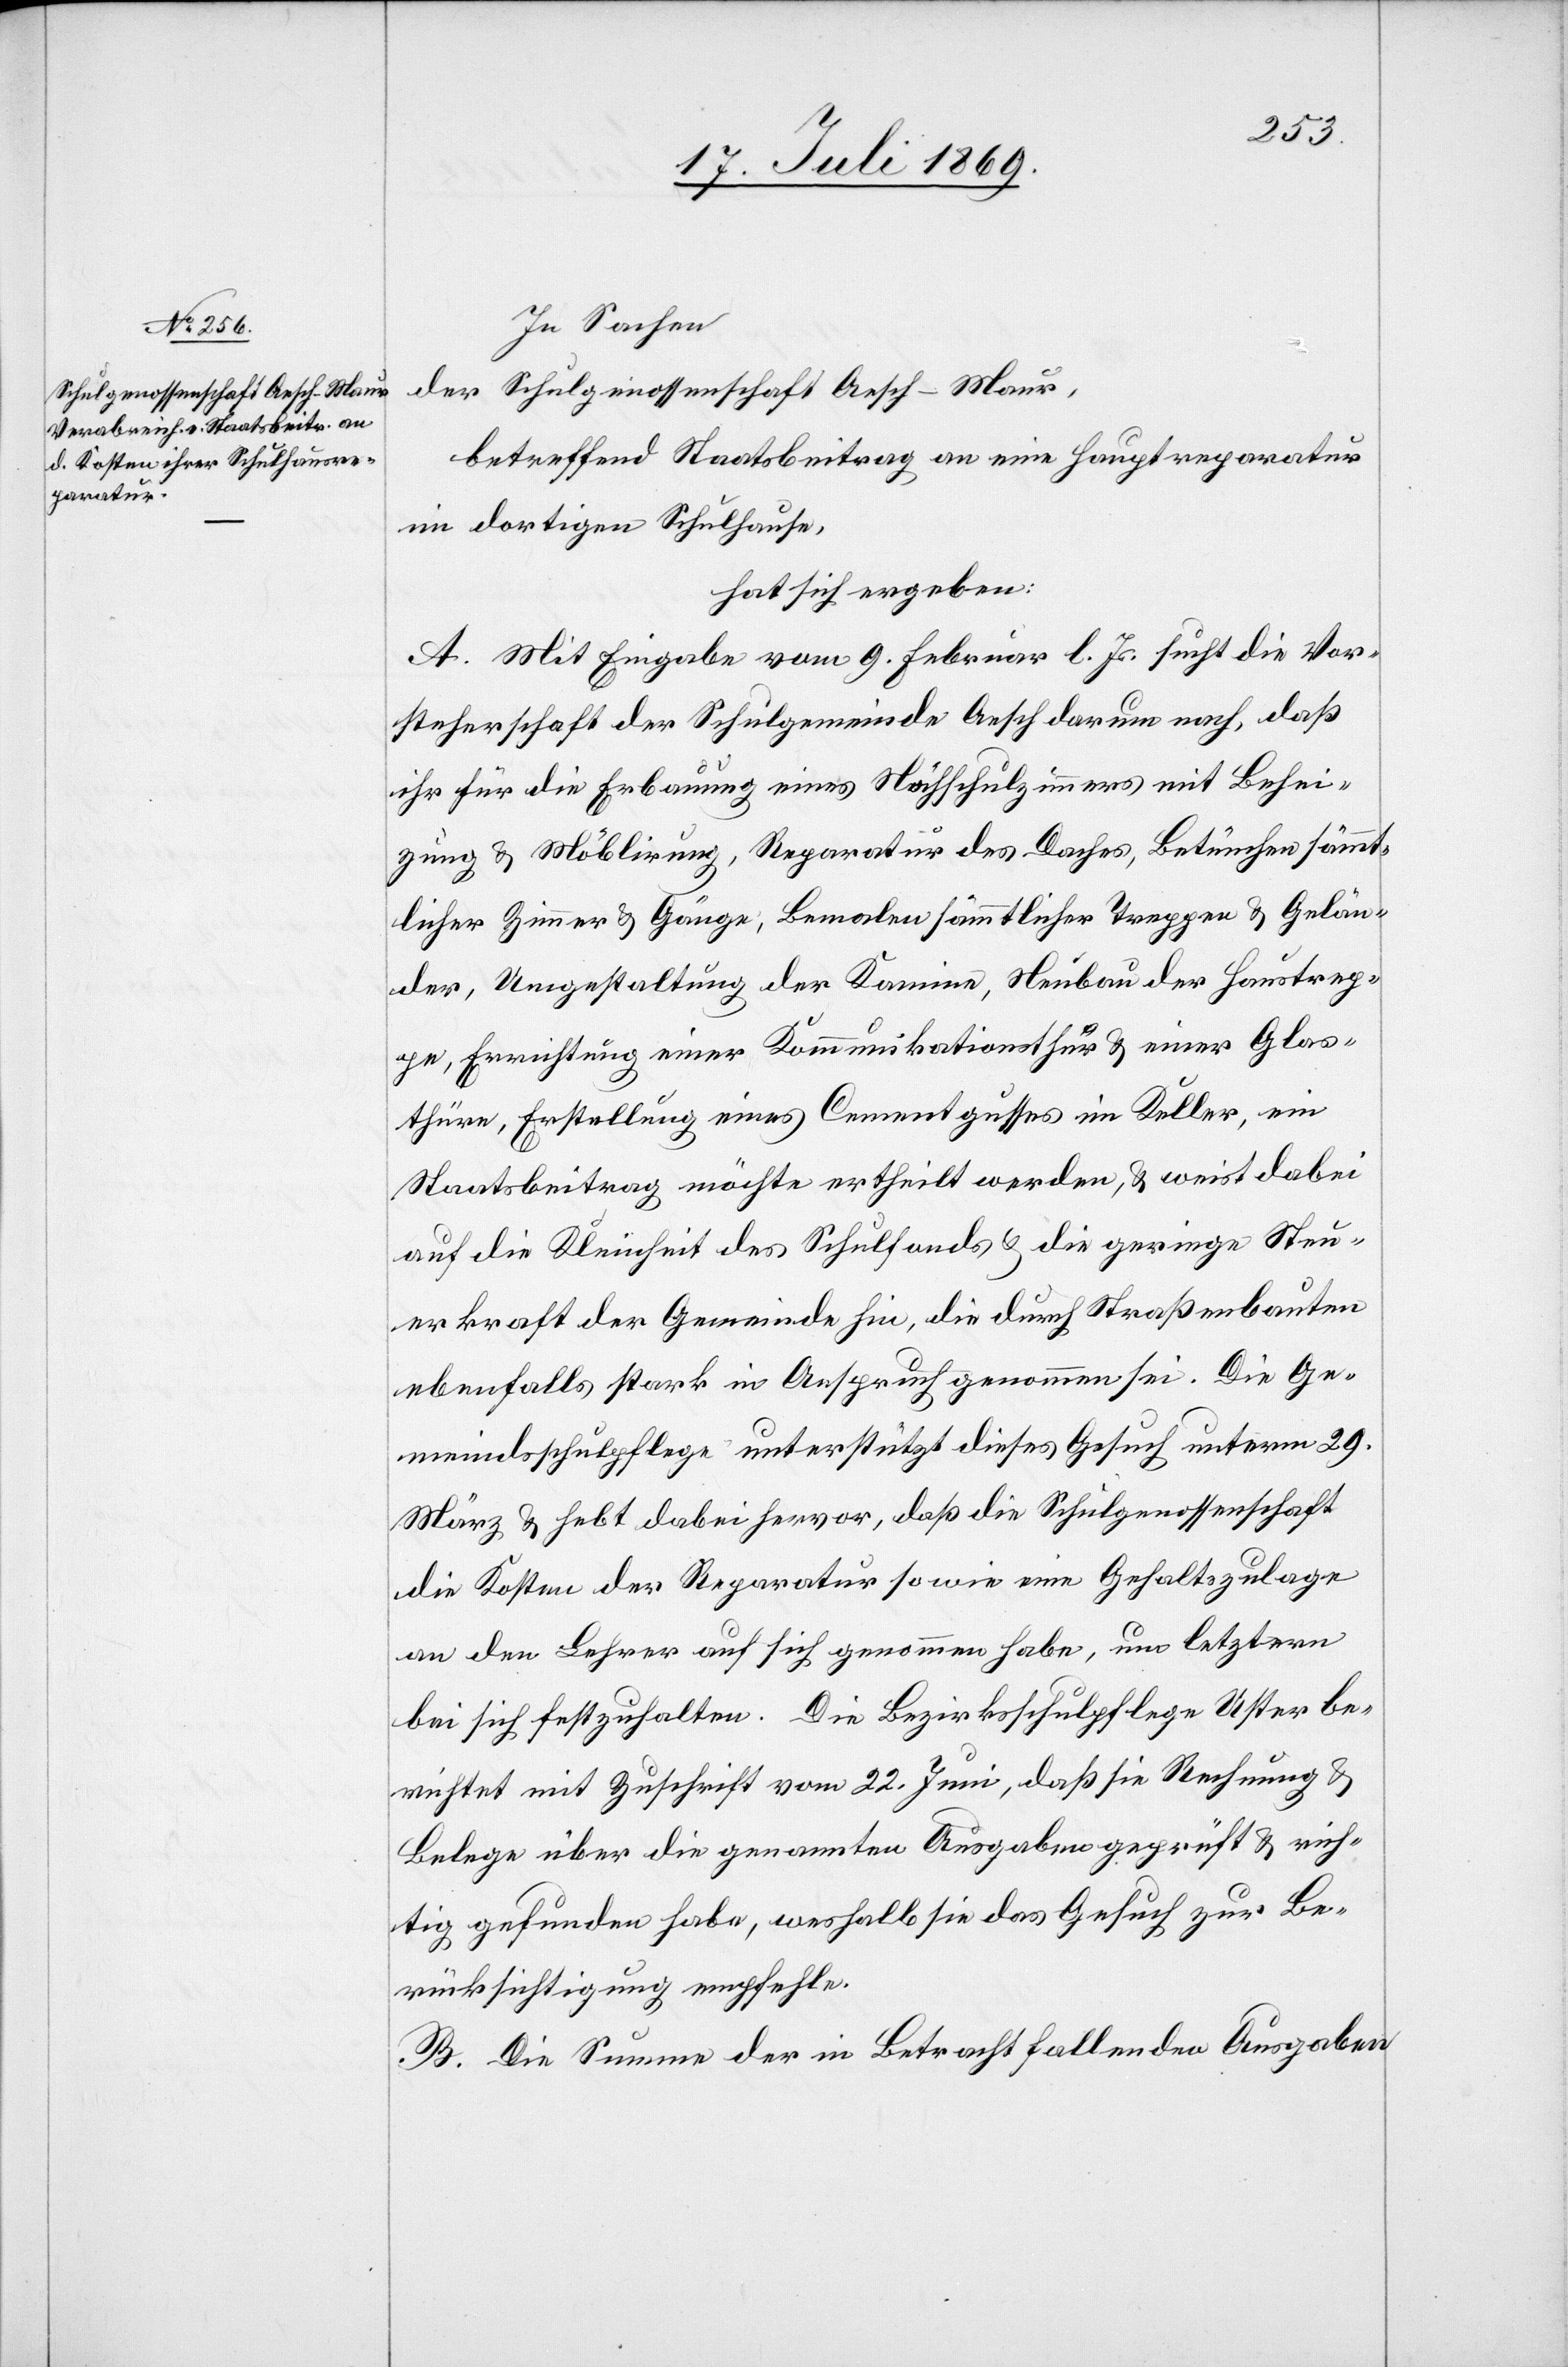
In Sachen
der Schulgenossenschaft Aesch-Maur,
betreffend Staatsbeitrag an eine Hauptreparatur
im dortigen Schulhause,
hat sich ergeben:
A. Mit Eingabe vom 9 Februar l. Js. sucht die Vor¬
steherschaft der Schulgemeinde Aesch darum nach, daß
ihr für die Erbauung eines Nähschulzimmers mit Behei¬
zung u. Möblirung, Reparatur des Daches, Betünchen sämmt¬
licher Zimmer u. Gänge, Bemalen sämmtlicher Treppen u. Gelän¬
der, Umgestaltung der Kamine, Neubau der Haustrep¬
pe, Errichtung einer Kommunikationsthür u. einer Glas¬
thüre, Erstellung eines Cementgusses im Keller, ein
Staatsbeitrag möchte ertheilt werden, u. weist dabei
auf die Kleinheit des Schulfonds u. die geringe Steu¬
erkraft der Gemeinde hin, die durch Straßenbauten
ebenfalls stark in Anspruch genommen sei. Die Ge¬
meindsschulpflege unterstützt dieses Gesuch unterm 29
März u. hebt dabei hervor, daß die Schulgenossenschaft
die Kosten der Reparatur so wie eine Gehaltszulage
an den Lehrer auf sich genommen habe, um letztern
bei sich festzuhalten. Die Bezirksschulpflege Uster be¬
richtet mit Zuschrift vom 22 Juni, daß sie Rechnung u.
Belege über die genannten Ausgaben geprüft u. rich¬
tig gefunden habe, weshalb sie das Gesuch zur Be¬
rücksichtigung empfehle.
B. Die Summe der in Betracht fallenden Ausgaben